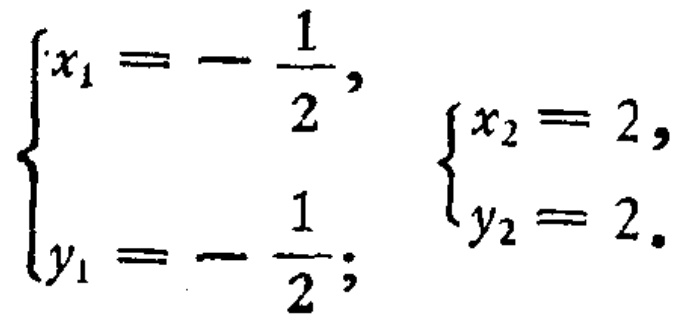
$\begin{cases}x_1 = -\dfrac{1}{2},\\y_1 = -\dfrac{1}{2};\end{cases}\quad\begin{cases}x_2 = 2,\\y_2 = 2.\end{cases}$